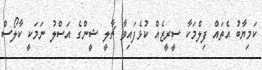
ކަމިޔާބު އެތައް ފިލްމަކާ ސީރީޒެއް ކުޅެފައިވާ ޗާލީ ޝީންގެ އަސްލު ނަމަކީ ކާލޯސް